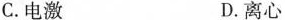
C.电激 D.离心